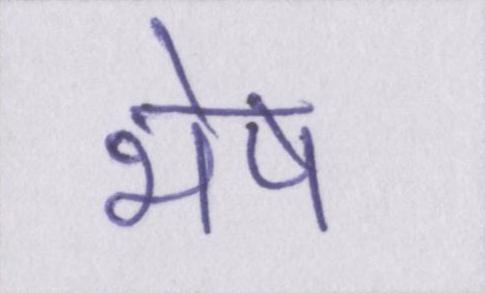
भेष